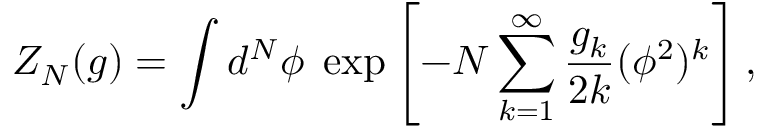
Z _ { N } ( g ) = \int d ^ { N } \phi \; \exp \left[ - N \sum _ { k = 1 } ^ { \infty } \frac { g _ { k } } { 2 k } ( \phi ^ { 2 } ) ^ { k } \right] ,